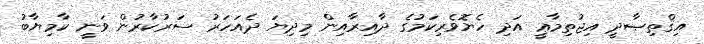
އިޤްތިޞާދީ އިޖުތިމާޢީ އަދި ހެޔޮވެރިކަމުގެ ދާއިރާއިން މިދިޔަ ދެއަހަރު ސަރުކާރުން ވަނީ ކާމިޔާބު